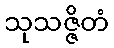
သုသဇ္ဇိတံ